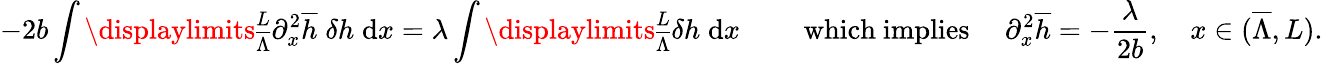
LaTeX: -2b\int\displaylimits_{\overline{{\Lambda}}}^{L}{\partial_{x}^{2}\overline{{h}}\; \delta h\; \mathrm{d}x}=\lambda\int\displaylimits_{\overline{{\Lambda}}}^{L}{\delta h\; \mathrm{d}x}\qquad\mathrm{~which~implies~}\quad\partial_{x}^{2}\overline{{h}}=-\frac{\lambda}{2b},\quad x\in(\overline{{\Lambda}},L).